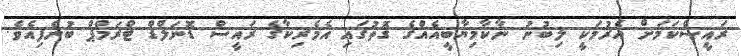
ރައީސްކަމަށް އެރުމަކީ ލިބުނު ނާކާމިޔާބީއެއްގެ ގޮތުގައި އެމެރިކާގެ ރައީސް ޑޮނަލްޑް ޓްރަމްޕް ބުނެފިއެވެ.